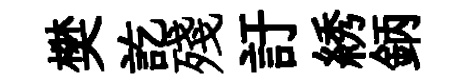
樊訖殘訏綉鈵